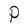
Character: P